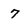
Character: 7